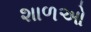
શાળઓ